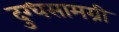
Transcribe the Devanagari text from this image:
दुग्धसामग्री